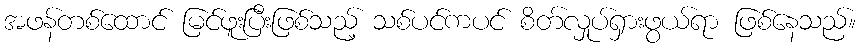
အဖန်တစ်ထောင် မြင်ဖူးပြီးဖြစ်သည့် သစ်ပင်ကပင် စိတ်လှုပ်ရှားဖွယ်ရာ ဖြစ်နေသည်။